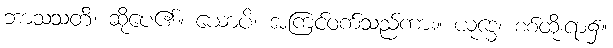
ဘာသသတိ၊ ဆိုပေ၏။ ယောပိ၊ အကြင်ဝက်သည်ကား။ ယုဒ္ဓေ၊ စစ်ထိုးရာ၌။